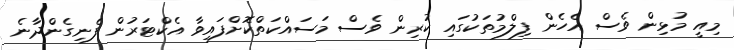
މިއީ މުޅިން ވެސް އެހެން ފިލްމުތަކުގައި ކުރިން ވެސް މަސައްކަތްކޮށްފައިވާ އެކްޓަރުން ފެނިގެންދާނެ